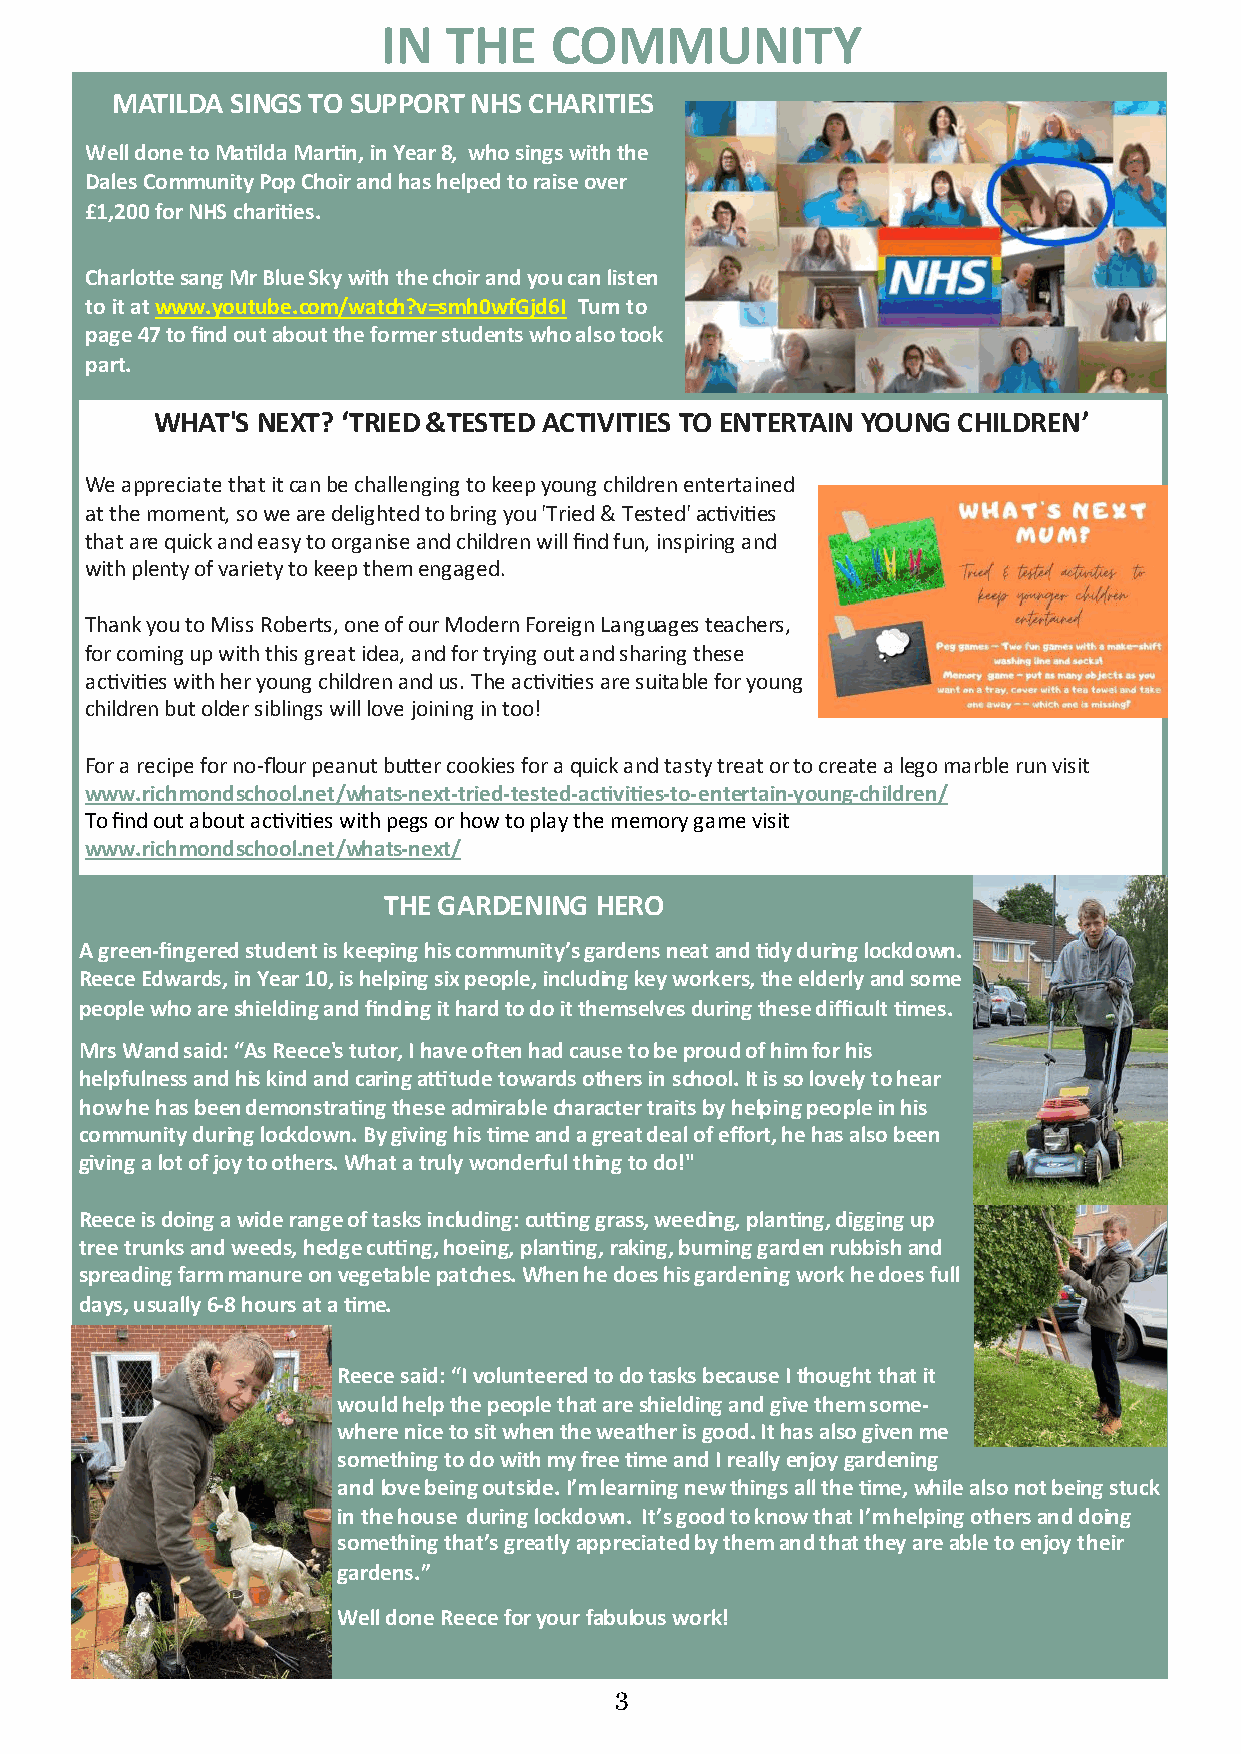
IN  THE    COMMUNITY
 3333333
 MATILDA SINGS TO SUPPORT NHS CHARITIES
 Well done to Matilda Martin, in Year 8, who sings with the
 Dales Community Pop Choir and has helped to raise over
 £1,200 for NHS charities.
 Charlotte sang Mr Blue Sky with the choir and you can listen
 to it at www.youtube.com/watch?v=smh0wfGjd6I Turn to
 page 47 to find out about the former students who also took
 part.
 WHAT'S NEXT? ‘TRIED &TESTED ACTIVITIES TO ENTERTAIN YOUNG CHILDREN’
 We appreciate that it can be challenging to keep young children entertained
 at the moment, so we are delighted to bring you 'Tried & Tested' activities
 that are quick and easy to organise and children will find fun, inspiring and
 with plenty of variety to keep them engaged.
 Thank you to Miss Roberts, one of our Modern Foreign Languages teachers,
 for coming up with this great idea, and for trying out and sharing these
 activities with her young children and us. The activitiesare suitable for young
 children but older siblings will love joining in too!
 -
 For a recipe for no flour peanut butter cookies for a quick and tasty treat or to create a lego marble run visit
 -  -  -    -     - -     -   -
 www.richmondschool.net/whatsnext tried testedactivitiesto entertainyoungchildren/
 To find out about activities with pegs or how to play the memory game visit
 -
 www.richmondschool.net/whatsnext/
 THE GARDENING HERO
 -
 A greenfingered student is keeping his community’s gardens neat and tidy during lockdown.
 Reece Edwards, in Year 10, is helping six people, including key workers, the elderly and some
 people who are shielding and finding it hard to do it themselves during these difficult times.
 Mrs Wand said: “As Reece's tutor, I have often had cause to be proud of himfor his
 helpfulness and his kind and caring attitude towards others in school. It is so lovely to hear
 howhe has been demonstrating these admirable character traits by helping people in his
 community during lockdown. By giving his time and a great deal of effort, he has also been
 giving a lot of joy to others. What a truly wonderful thing to do!"
 Reece is doing a wide range of tasks including: cutting grass, weeding, planting, digging up
 tree trunks and weeds, hedge cutting, hoeing, planting, raking, burning garden rubbish and
 spreading farm manure on vegetable patches. When he does his gardening work he does full
 -
 days, usually 68 hours at a time.
 Reece said: “I volunteered to do tasks because I thought that it
 would help the people that are shielding and give them some-
 where nice to sit when the weather is good. It has also given me
 something to do with my free time and I really enjoy gardening
 and love being outside. I’m learning new things all the time, while also not being stuck
 in the house during lockdown. It’s good to know that I’m helping others and doing
 something that’s greatly appreciated by them and that they are able to enjoy their
 gardens.”
 Well done Reece for your fabulous work!
 3